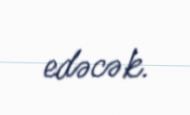
edəcək.